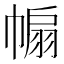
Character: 𢄒